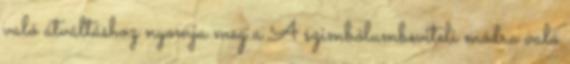
való átváltáshoz nyomja meg a A szimbólumbeviteli módra való